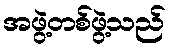
အဖွဲ့တစ်ဖွဲ့သည်